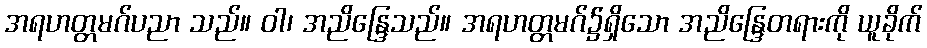
အရဟတ္တမဂ်ပညာ သည်။ ဝါ၊ အညိန္ဒြေသည်။ အရဟတ္တမဂ်၌ရှိသော အညိန္ဒြေတရားကို ယူခိုက်